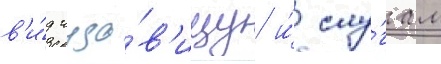
в'и́д чудо́в'ищу и́ слу́гам